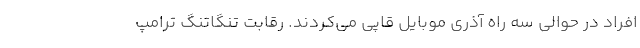
افراد در حوالی سه راه آذری موبایل قاپی می‌کردند. رقابت تنگاتنگ ترامپ